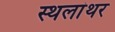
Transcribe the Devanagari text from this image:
स्थलांथर